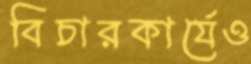
বিচারকার্যেও